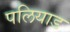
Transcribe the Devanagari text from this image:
पलियाड